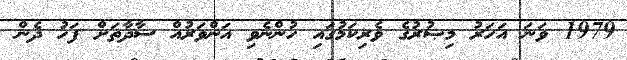
1979 ވަނަ އަހަރު މިޞުރުގެ ވެރިކަމުގައި ހުންނެވި އަންވަރުއް ސާދާތަށް ފަހު ދެން